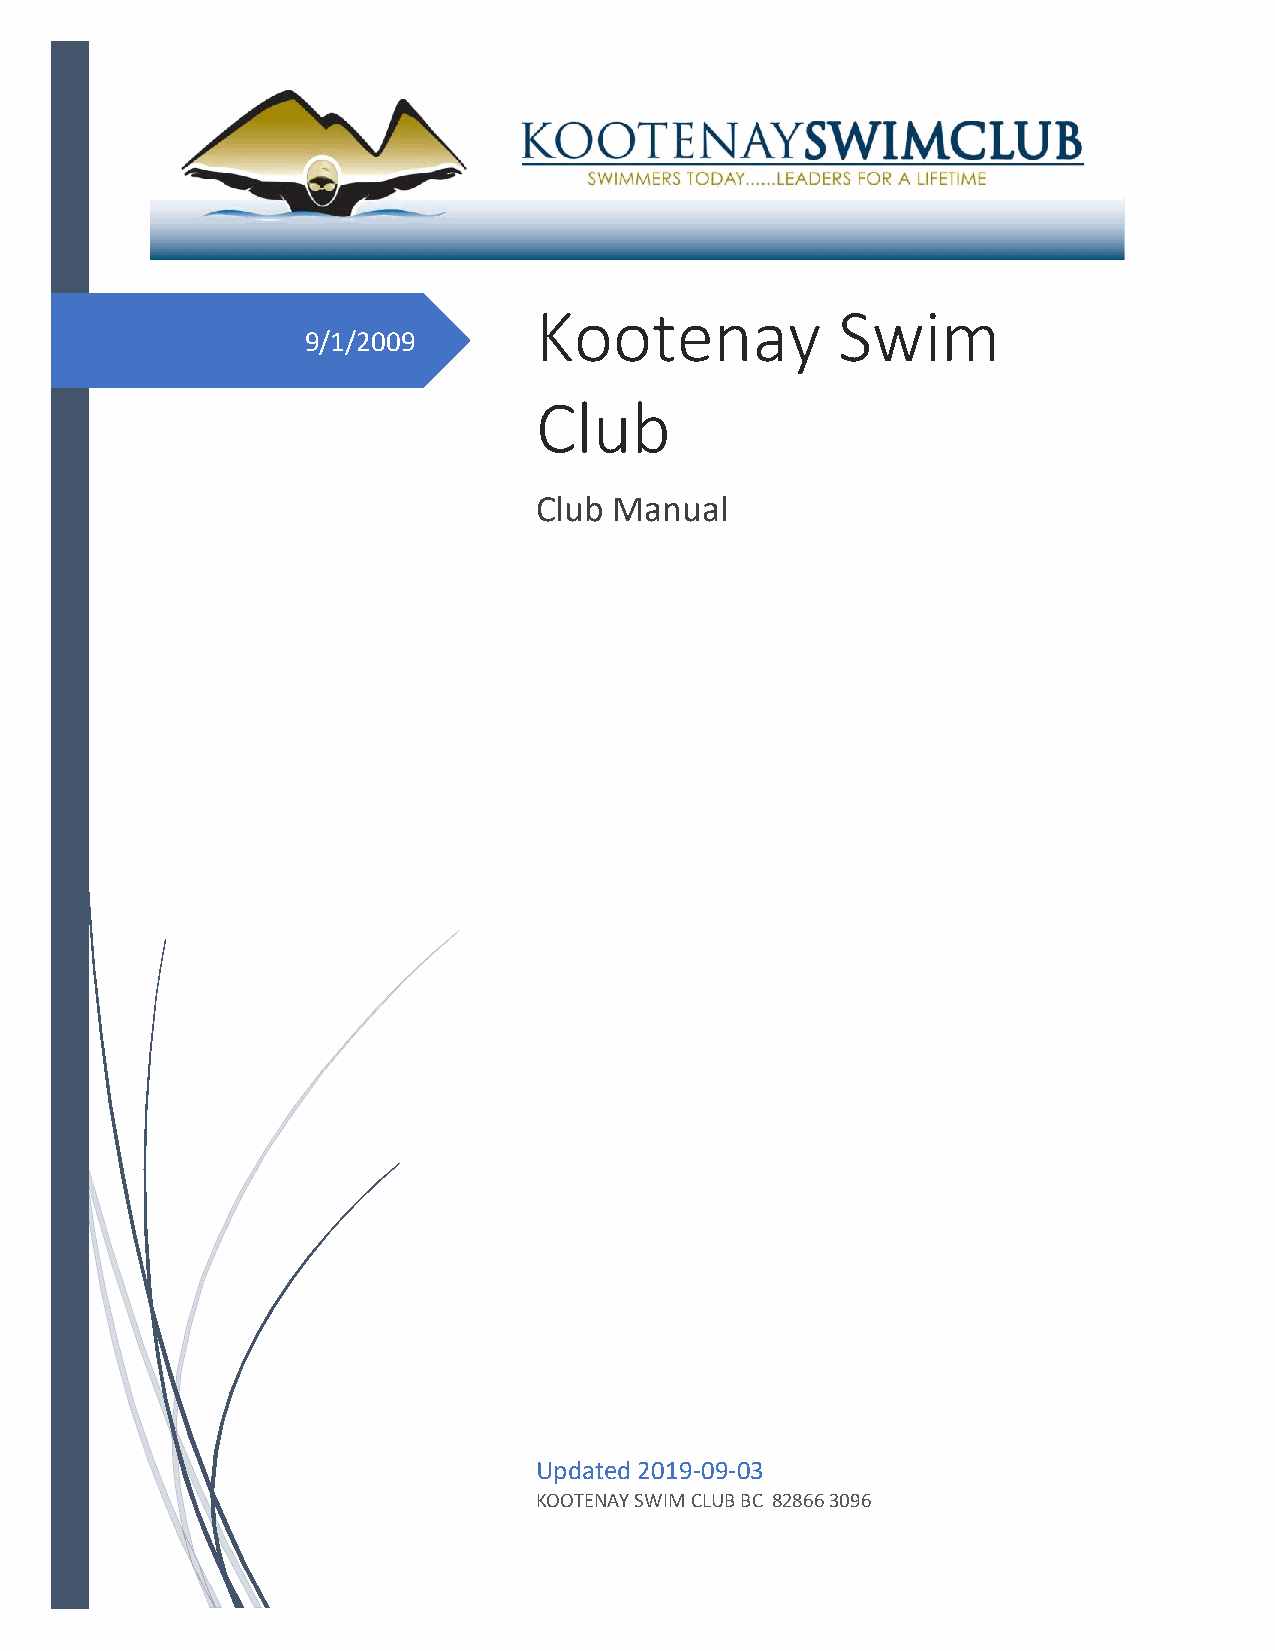
Kootenay            Swim
 9/1/2009
 Club
 Club  Manual
 Updated 2019-09-03
 KOOTENAY SWIM CLUB BC 82866 3096